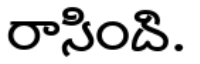
రాసింది.